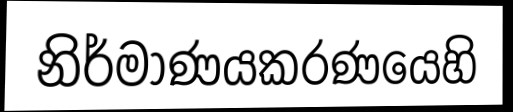
නිර්මාණයකරණයෙහි